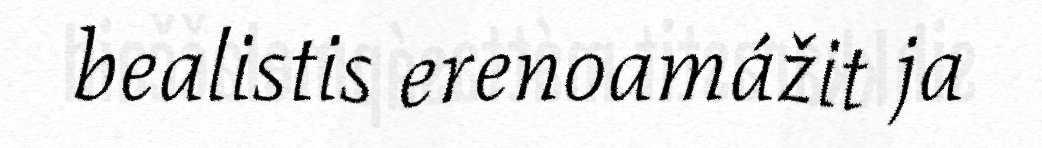
bealistis erenoamážit ja